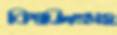
বিশ্বজিৎসহ